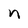
Character: n